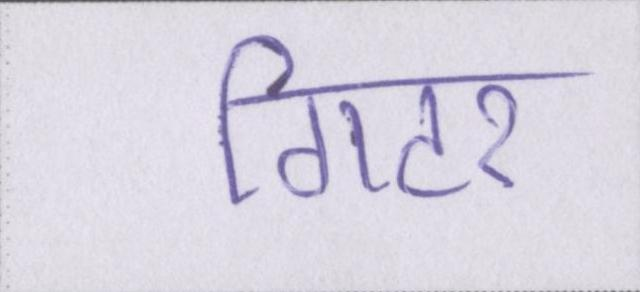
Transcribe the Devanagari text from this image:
गिटर